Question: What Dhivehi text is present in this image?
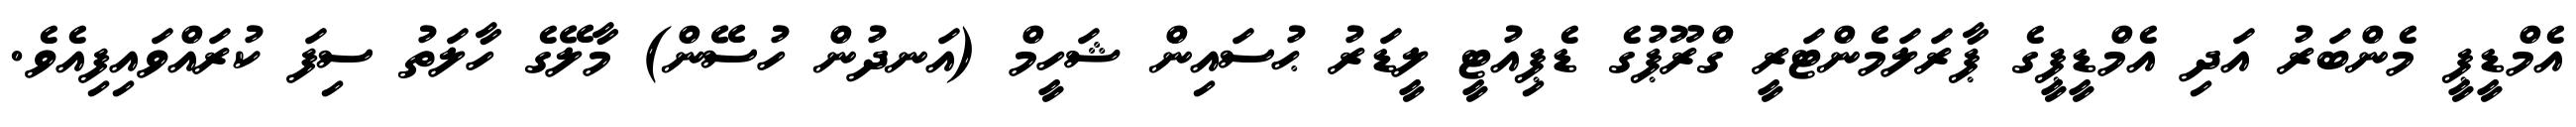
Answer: އެމްޑީޕީ މެންބަރު އަދި އެމްޑީޕީގެ ޕާރަލަމެންޓަރީ ގްރޫޕުގެ ޑެޕިއުޓީ ލީޑަރު ޙުސައިން ޝަހީމް (އަނދުން ހުސޭން) މާލޭގެ ހާލަތު ސިފަ ކުރައްވައިފިއެވެ.